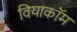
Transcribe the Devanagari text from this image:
वियाकॉम